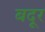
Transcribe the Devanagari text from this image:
बदूर